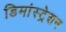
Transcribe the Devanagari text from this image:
डिमांस्ट्रेशन